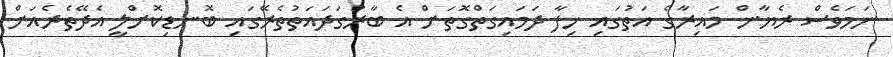
ނަމަވެސް ރެޔާން މައިރާގެ އަތުގައި ހިފާ ދަމައިގަތްގޮތަށް އެ ބާރުގަދައަތުތެރޭގައި ބޮނޑިކޮށްލީ އެދޭތެރެއަށް